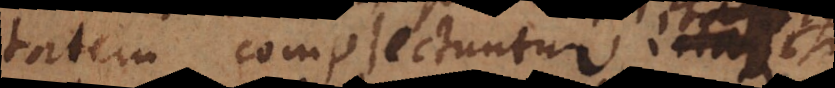
caritatem complectuntur; itaque